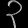
Digit: ၃